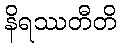
နိရဿတီတိ